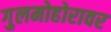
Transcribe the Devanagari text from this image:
गुलमोहोरावर